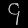
Digit: ၄